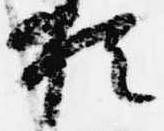
猶